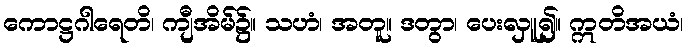
ကောဋ္ဌဂါရေတိ၊ ကျီအိမ်၌။ သဟံ၊ အတူ။ ဒတွာ၊ ပေးလှူ၍။ ဣတိအယံ၊